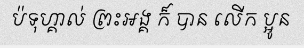
ប៉ទុហ្គាល់ ព្រះអង្គ ក៏ បាន លើក ប្អូន